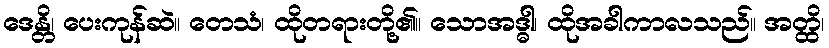
ဒေန္တိ၊ ပေးကုန်ဆဲ။ တေသံ၊ ထိုတရားတို့၏။ သောအဒ္ဓါ၊ ထိုအခါကာလသည်။ အတ္ထိ၊